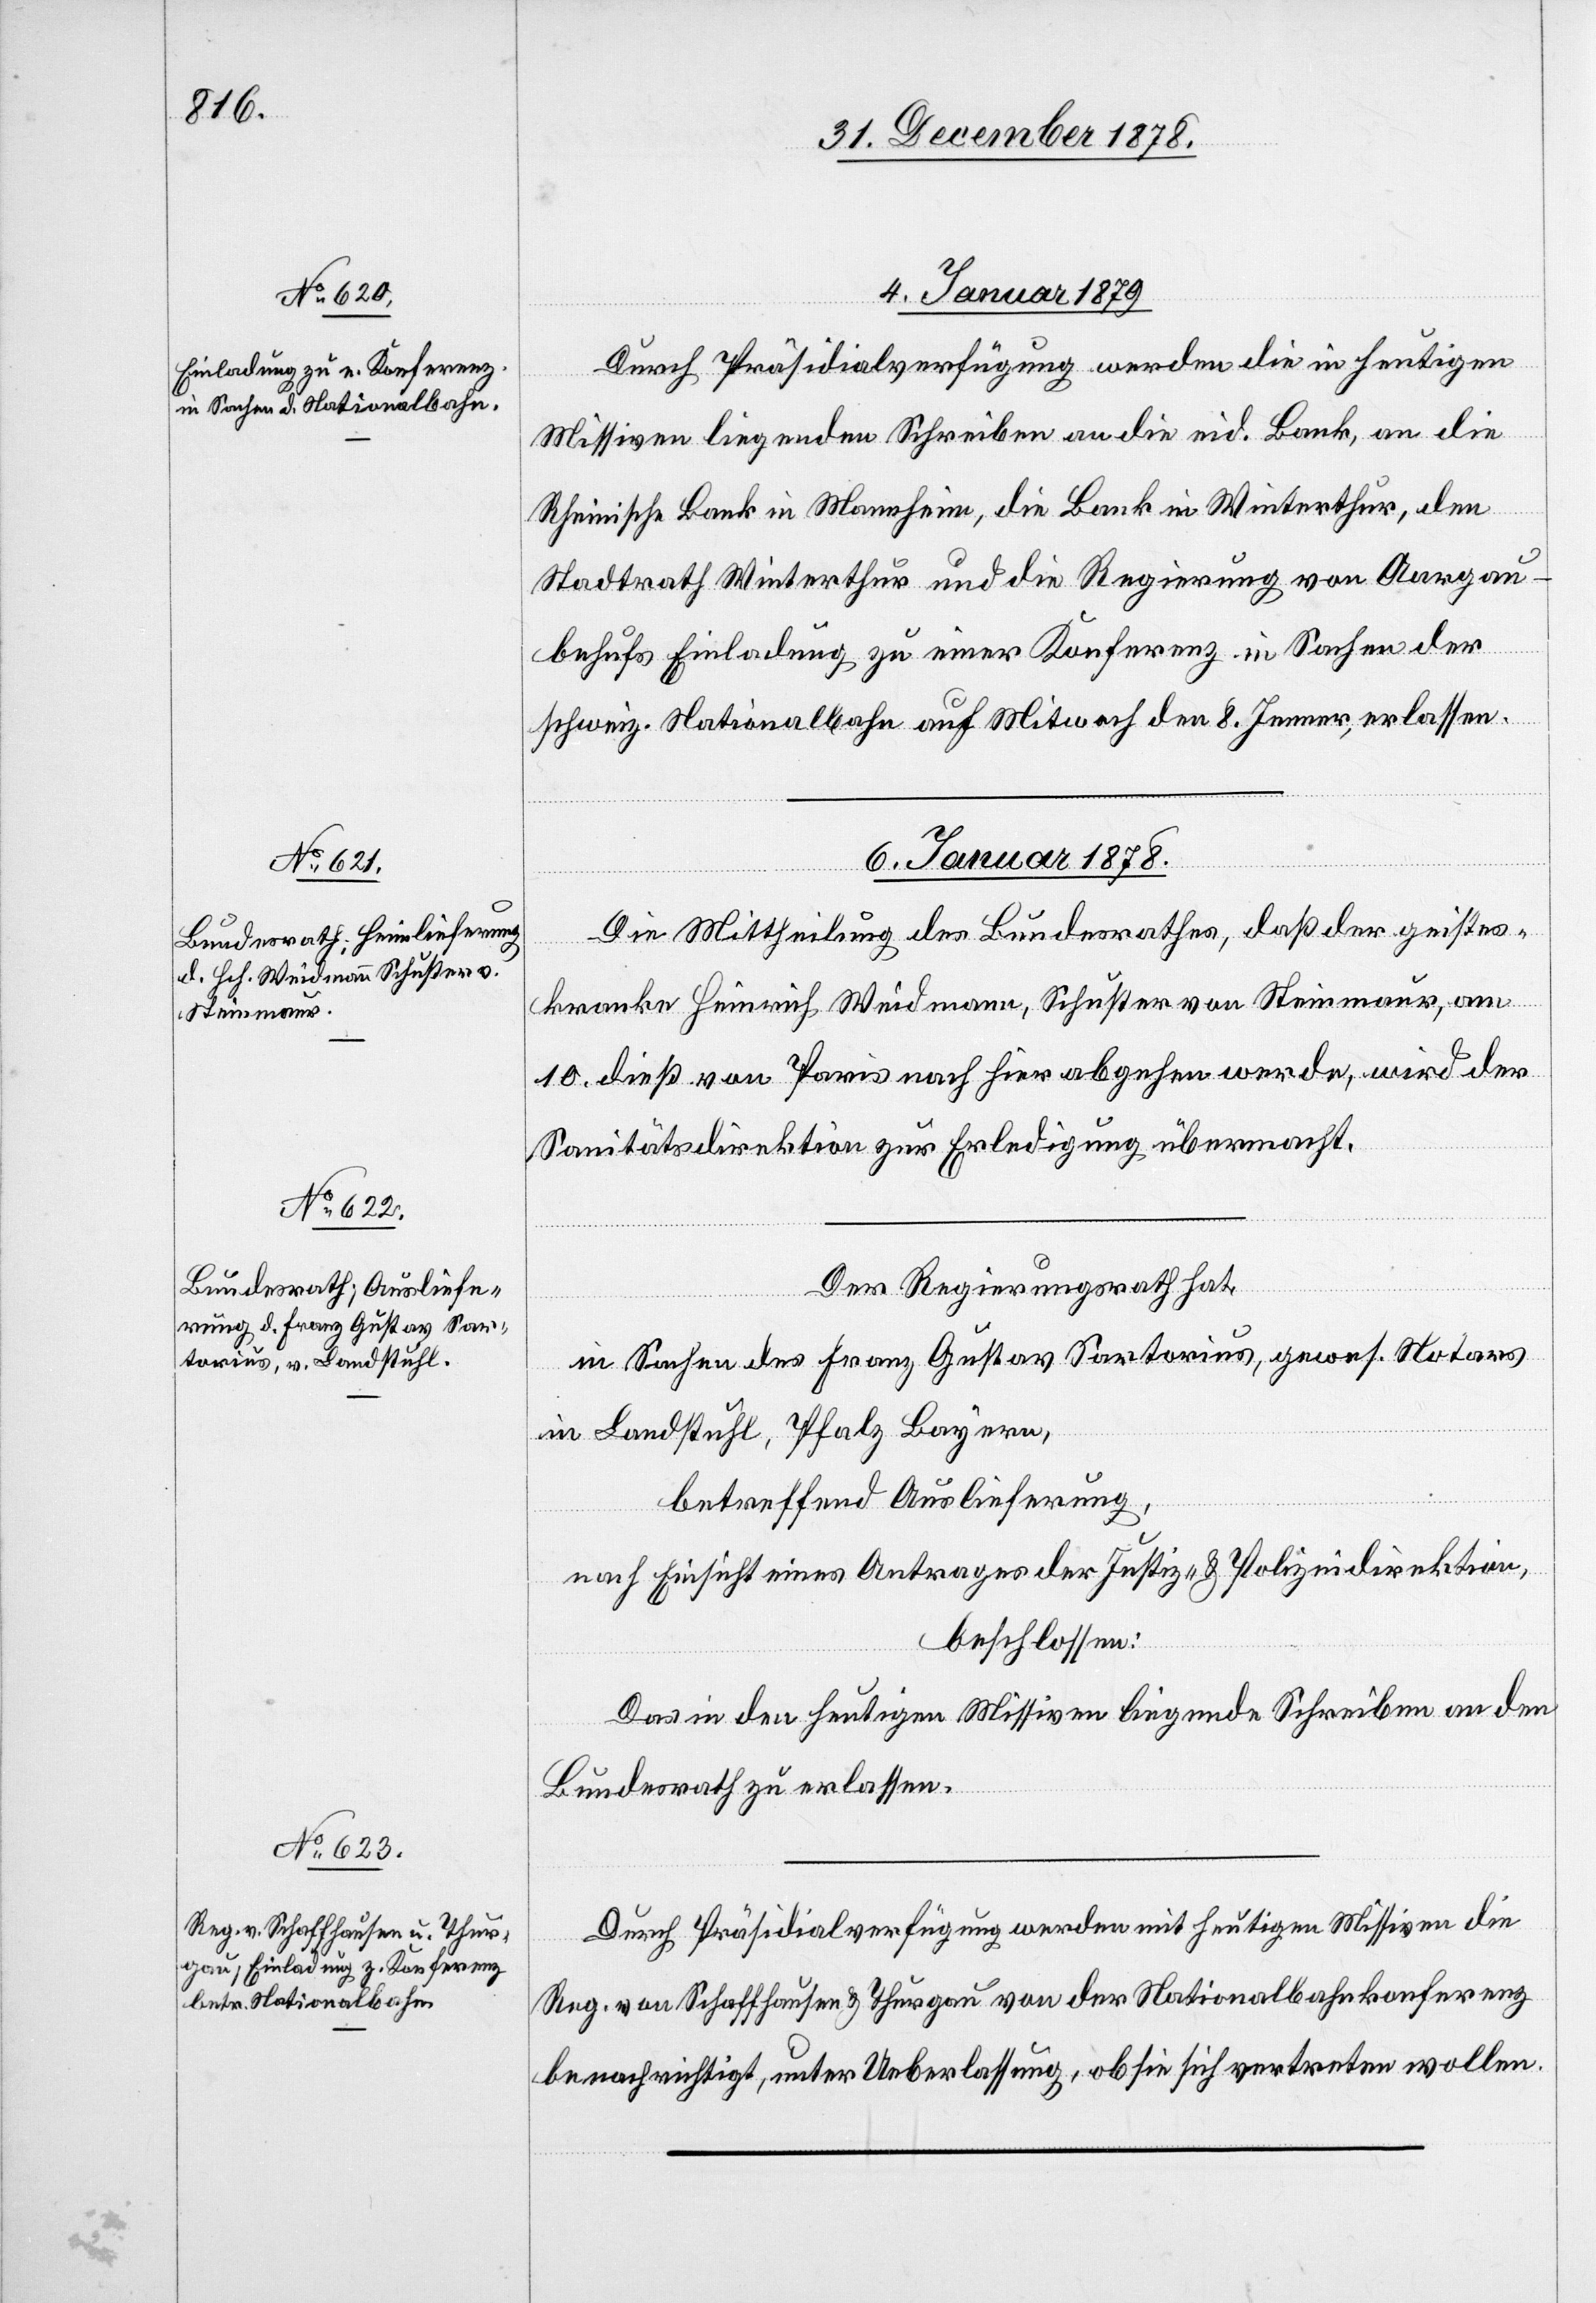
6. Januar 1879.]
Durch Präsidialverfügung werden die in heutigen
Missiven liegenden Schreiben an die eid. Bank, an die
Rheinische Bank in Mannheim, die Bank in Winterthur, den
Stadtrath Winterthur und die Regierung von Aargau
behufs Einladung zu einer Konferenz in Sachen der
schweiz. Nationalbahn auf Mittwoch den 8. Jenner, erlassen.
6. Januar 1879.
Die Mittheilung des Bundesrathes, daß der geistes¬
kranke Heinrich Weidmann, Schuster von Steinmaur, am
10. dieß von Paris nach hier abgehen werde, wird der
Sanitätsdirektion zur Erledigung übermacht.
Der Regierungsrath hat,
in Sachen des Franz Gustav Sartorius, gewes. Notars
in Landstuhl, Pfalz Bayern,
betreffend Auslieferung,
nach Einsicht eines Antrages der Justiz- & Polizeidirektion,
beschlossen:
Das in den heutigen Missiven liegende Schreiben an den
Bundesrath zu erlassen.
Durch Präsidialverfügung werden mit heutigen Missiven die
Reg. von Schaffhausen & Thurgau von der Nationalbahnkonferenz
benachrichtigt, unter Ueberlassung, ob sie sich vertreten wollen.